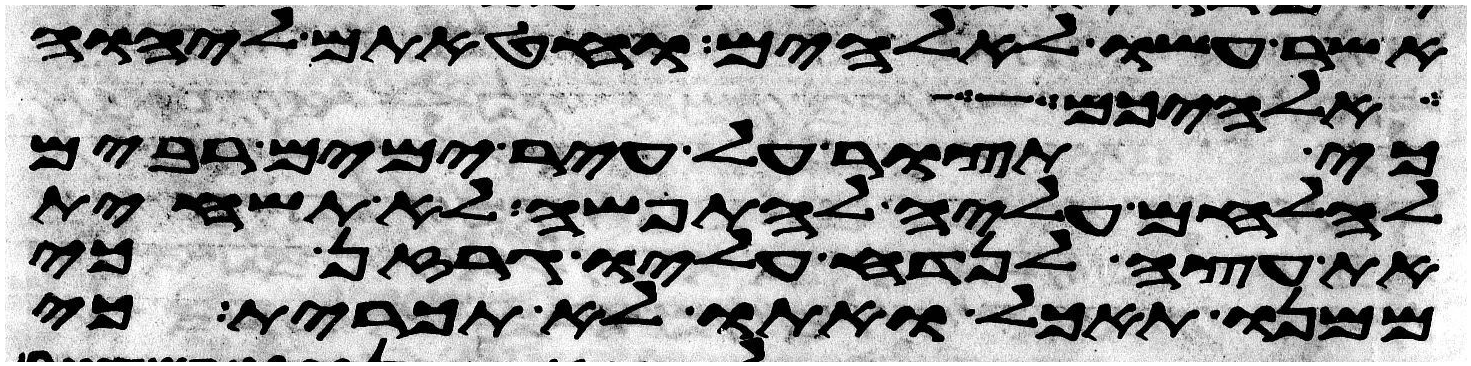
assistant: אשר עשו לאלהיהם וחטאתם ליהוה
אלהיכם איש
כי תצור על עיר ימים רבים
להלחם עליה לתפשה לא תשחית
את עצה לנדח עליו גרזן כי
ממנו תאכל ואתו לא תכרית כי